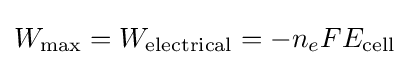
W_{\mathrm {max} }=W_{\mathrm {electrical} }=-n_{e}FE_{\mathrm {cell} }